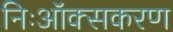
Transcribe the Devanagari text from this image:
निःऑक्सकरण